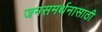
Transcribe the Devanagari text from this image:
जनसमर्थनासाठी